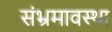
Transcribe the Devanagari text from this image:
संभ्रमावस्था